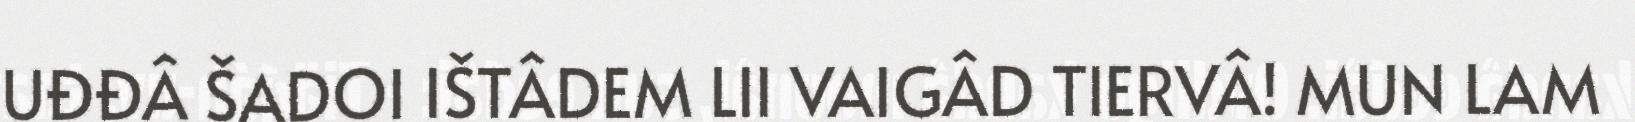
UĐĐÂ ŠADOI IŠTÂDEM LII VAIGÂD TIERVÂ! MUN LAM